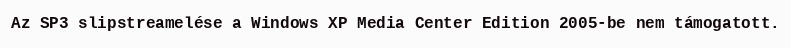
Az SP3 slipstreamelése a Windows XP Media Center Edition 2005-be nem támogatott.